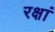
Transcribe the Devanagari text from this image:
रक्षां